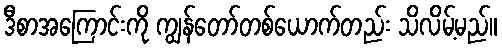
ဒီစာအကြောင်းကို ကျွန်တော်တစ်ယောက်တည်း သိလိမ့်မည်။